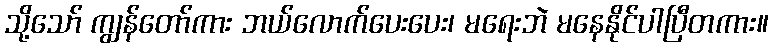
သို့သော် ကျွန်တော်ကား ဘယ်လောက်ပေးပေး၊ မရေးဘဲ မနေနိုင်ပါပြီတကား။